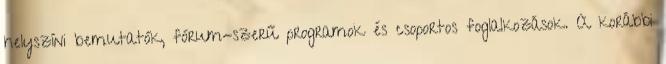
helyszíni bemutatók, fórum-szerű programok és csoportos foglalkozások. A korábbi